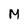
Character: M